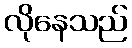
လိုနေသည်